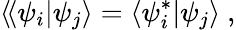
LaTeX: \langle\! \langle\psi_{i}|\psi_{j}\rangle=\langle\psi_{i}^{*}|\psi_{j}\rangle\ ,